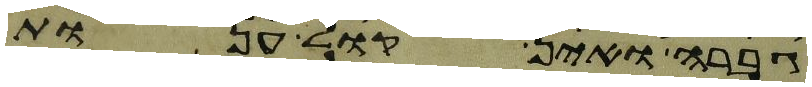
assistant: גברה ואין קול ענות